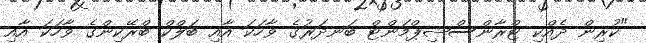
"ކުރިން ދެއްކި ޓްރާންސްޝިޕްމަންޓް ބަނދަރުގެ ވާހަކަ އާއި ބަލްކް ބްރޭކިންގެ ވާހަކަ އާއި